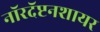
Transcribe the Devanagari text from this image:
नॉरदॅप्टनशायर